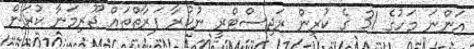
އަންނަ މަހުގެ 31 ގެ ކުރިން ރަޖިސްޓްރީ ނުކުރާ ފަރާތްތައް ޖޫރިމަނާ ކުރަން